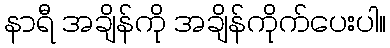
နာရီ အချိန်ကို အချိန်ကိုက်ပေးပါ။